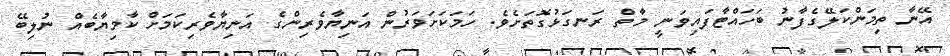
އޭނާ ތިމަންކަލޭގެފާނު ބަހައްޓާފައިވަނީ މާތް ރަނގަޅުގޮތަށެވެ. ހަމަކަށަވަރުން އަނިޔާވެރިންގެ އަނިޔާވެރިކަމަށް ކާމިޔާބެއް ނުލިބޭ